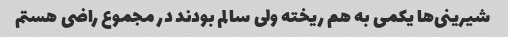
شیرینی‌ها یکمی به هم ریخته ولی سالم بودند در مجموع راضی هستم